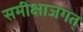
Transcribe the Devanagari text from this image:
समीक्षाजगत्